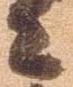
々